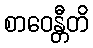
စာဝေန္တီတိ